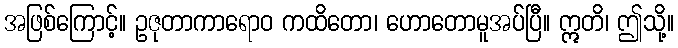
အဖြစ်ကြောင့်။ ဥဇုတာကာရောဝ ကထိတော၊ ဟောတောမူအပ်ပြီ။ ဣတိ၊ ဤသို့။